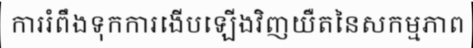
ការរំពឹងទុកការងើបឡើងវិញយឺតនៃសកម្មភាព